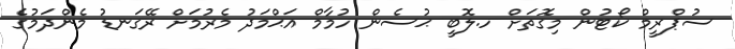
ސުޕްރީމް ކޯޓުން މިގޮތަށް ހ.ލޮބީ ޙުސެން ހުމާމް އަޙްމަދު މެރުމަށް ރޭގަނޑު މެންދަމުގެ